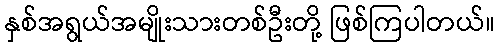
နှစ်အရွယ်အမျိုးသားတစ်ဦးတို့ ဖြစ်ကြပါတယ်။